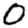
Digit: 0